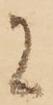
に